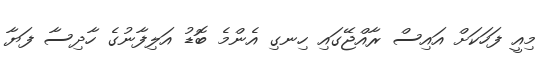
މިއީ ފަހަކަށް އައިސް ރާއްޖޭގައި ހިނގި އެންމެ ބޮޑު އަލިފާނުގެ ހާދިސާ ފަޔާ